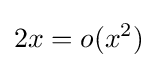
2x=o(x^{2})